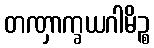
တဏှာက္ခယဂါမိဉ္စ